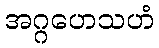
အဂ္ဂဟေသဟံ